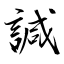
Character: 諴